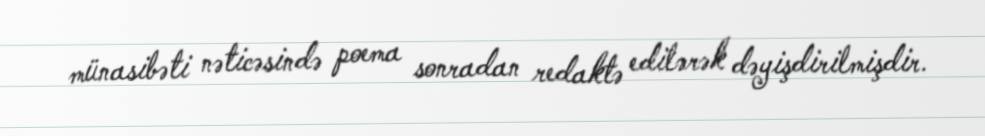
münasibəti nəticəsində poema sonradan redaktə edilərək dəyişdirilmişdir.